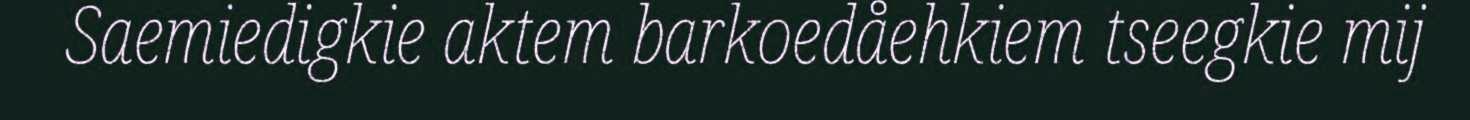
Saemiedigkie aktem barkoedåehkiem tseegkie mij